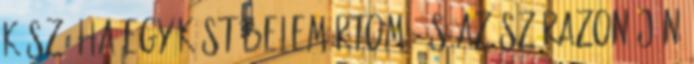
kész, ha egy kést belemártom, és az szárazon jön